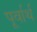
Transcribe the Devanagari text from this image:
पूर्वार्थ